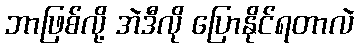
ဘာဖြစ်လို့ အဲဒီလို ပြောနိုင်ရတာလဲ